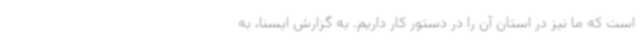
است که ما نیز در استان آن را در دستور کار داریم. به گزارش ایسنا، به